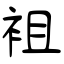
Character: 袓